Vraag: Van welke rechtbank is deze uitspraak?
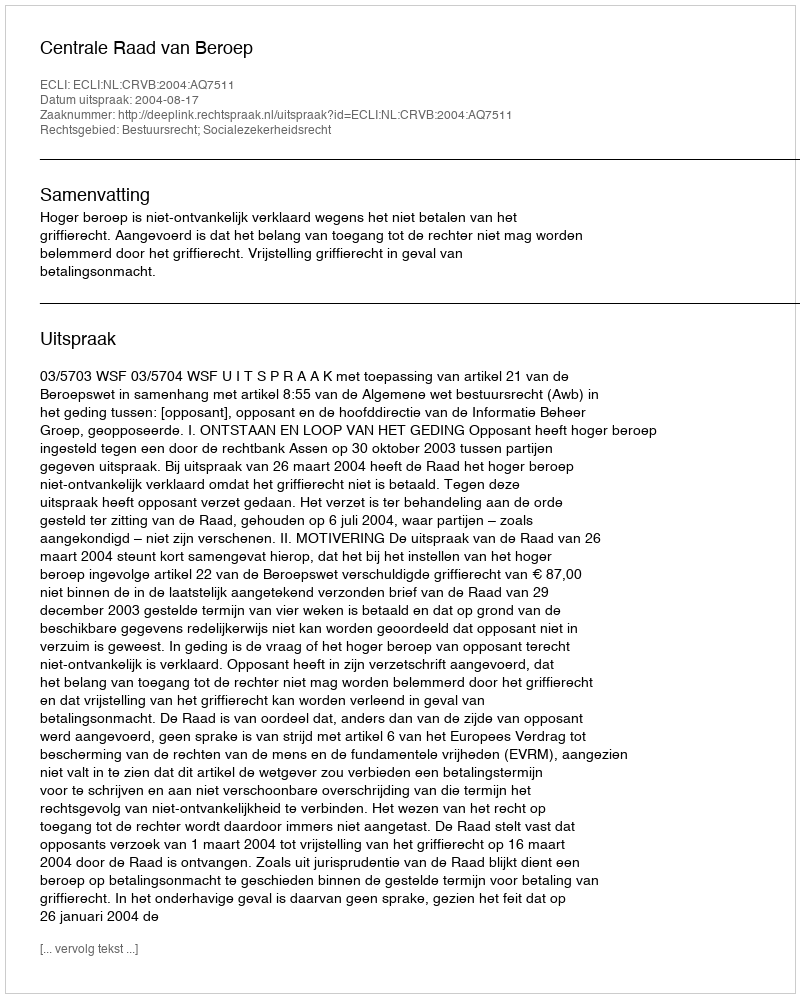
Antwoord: Centrale Raad van Beroep